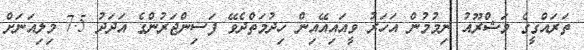
ތަރައްގީގެ މަޝްރޫއު ނިމުމުން އަހަރު ވީއައިއޭއިން ހިދުމަތްދެވޭ ފަސިންޖަރުންގެ އަދަދު 7.5 މިލިއަނަށް